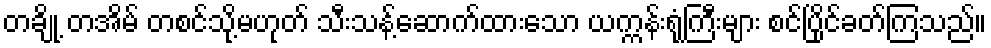
တချို့ တအိမ် တစင်သို့မဟုတ် သီးသန့်ဆောက်ထားသော ယက္ကန်းရုံကြီးများ စင်ပြိုင်ခတ်ကြသည်။